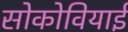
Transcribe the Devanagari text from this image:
सोकोवियाई